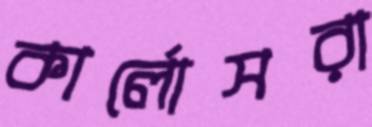
কার্লোসরা